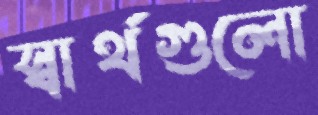
স্বার্থগুলো